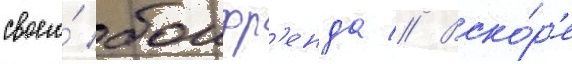
своего́ боифр'енда // Вско́р'е